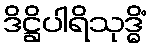
ဒိဋ္ဌိပါရိသုဒ္ဓိံ